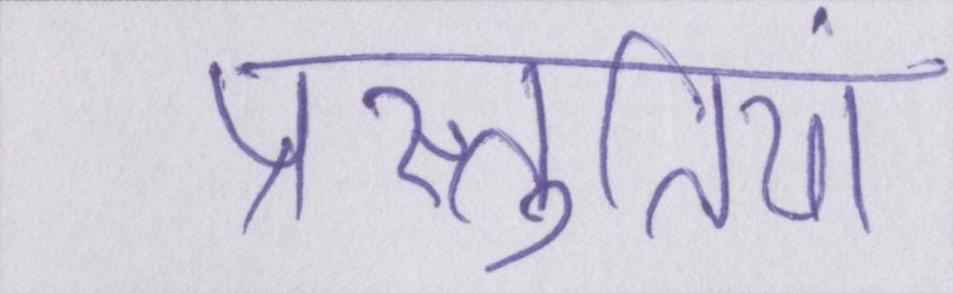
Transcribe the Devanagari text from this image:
प्रस्तुतियां